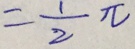
= \frac { 1 } { 2 } \pi